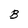
Character: B